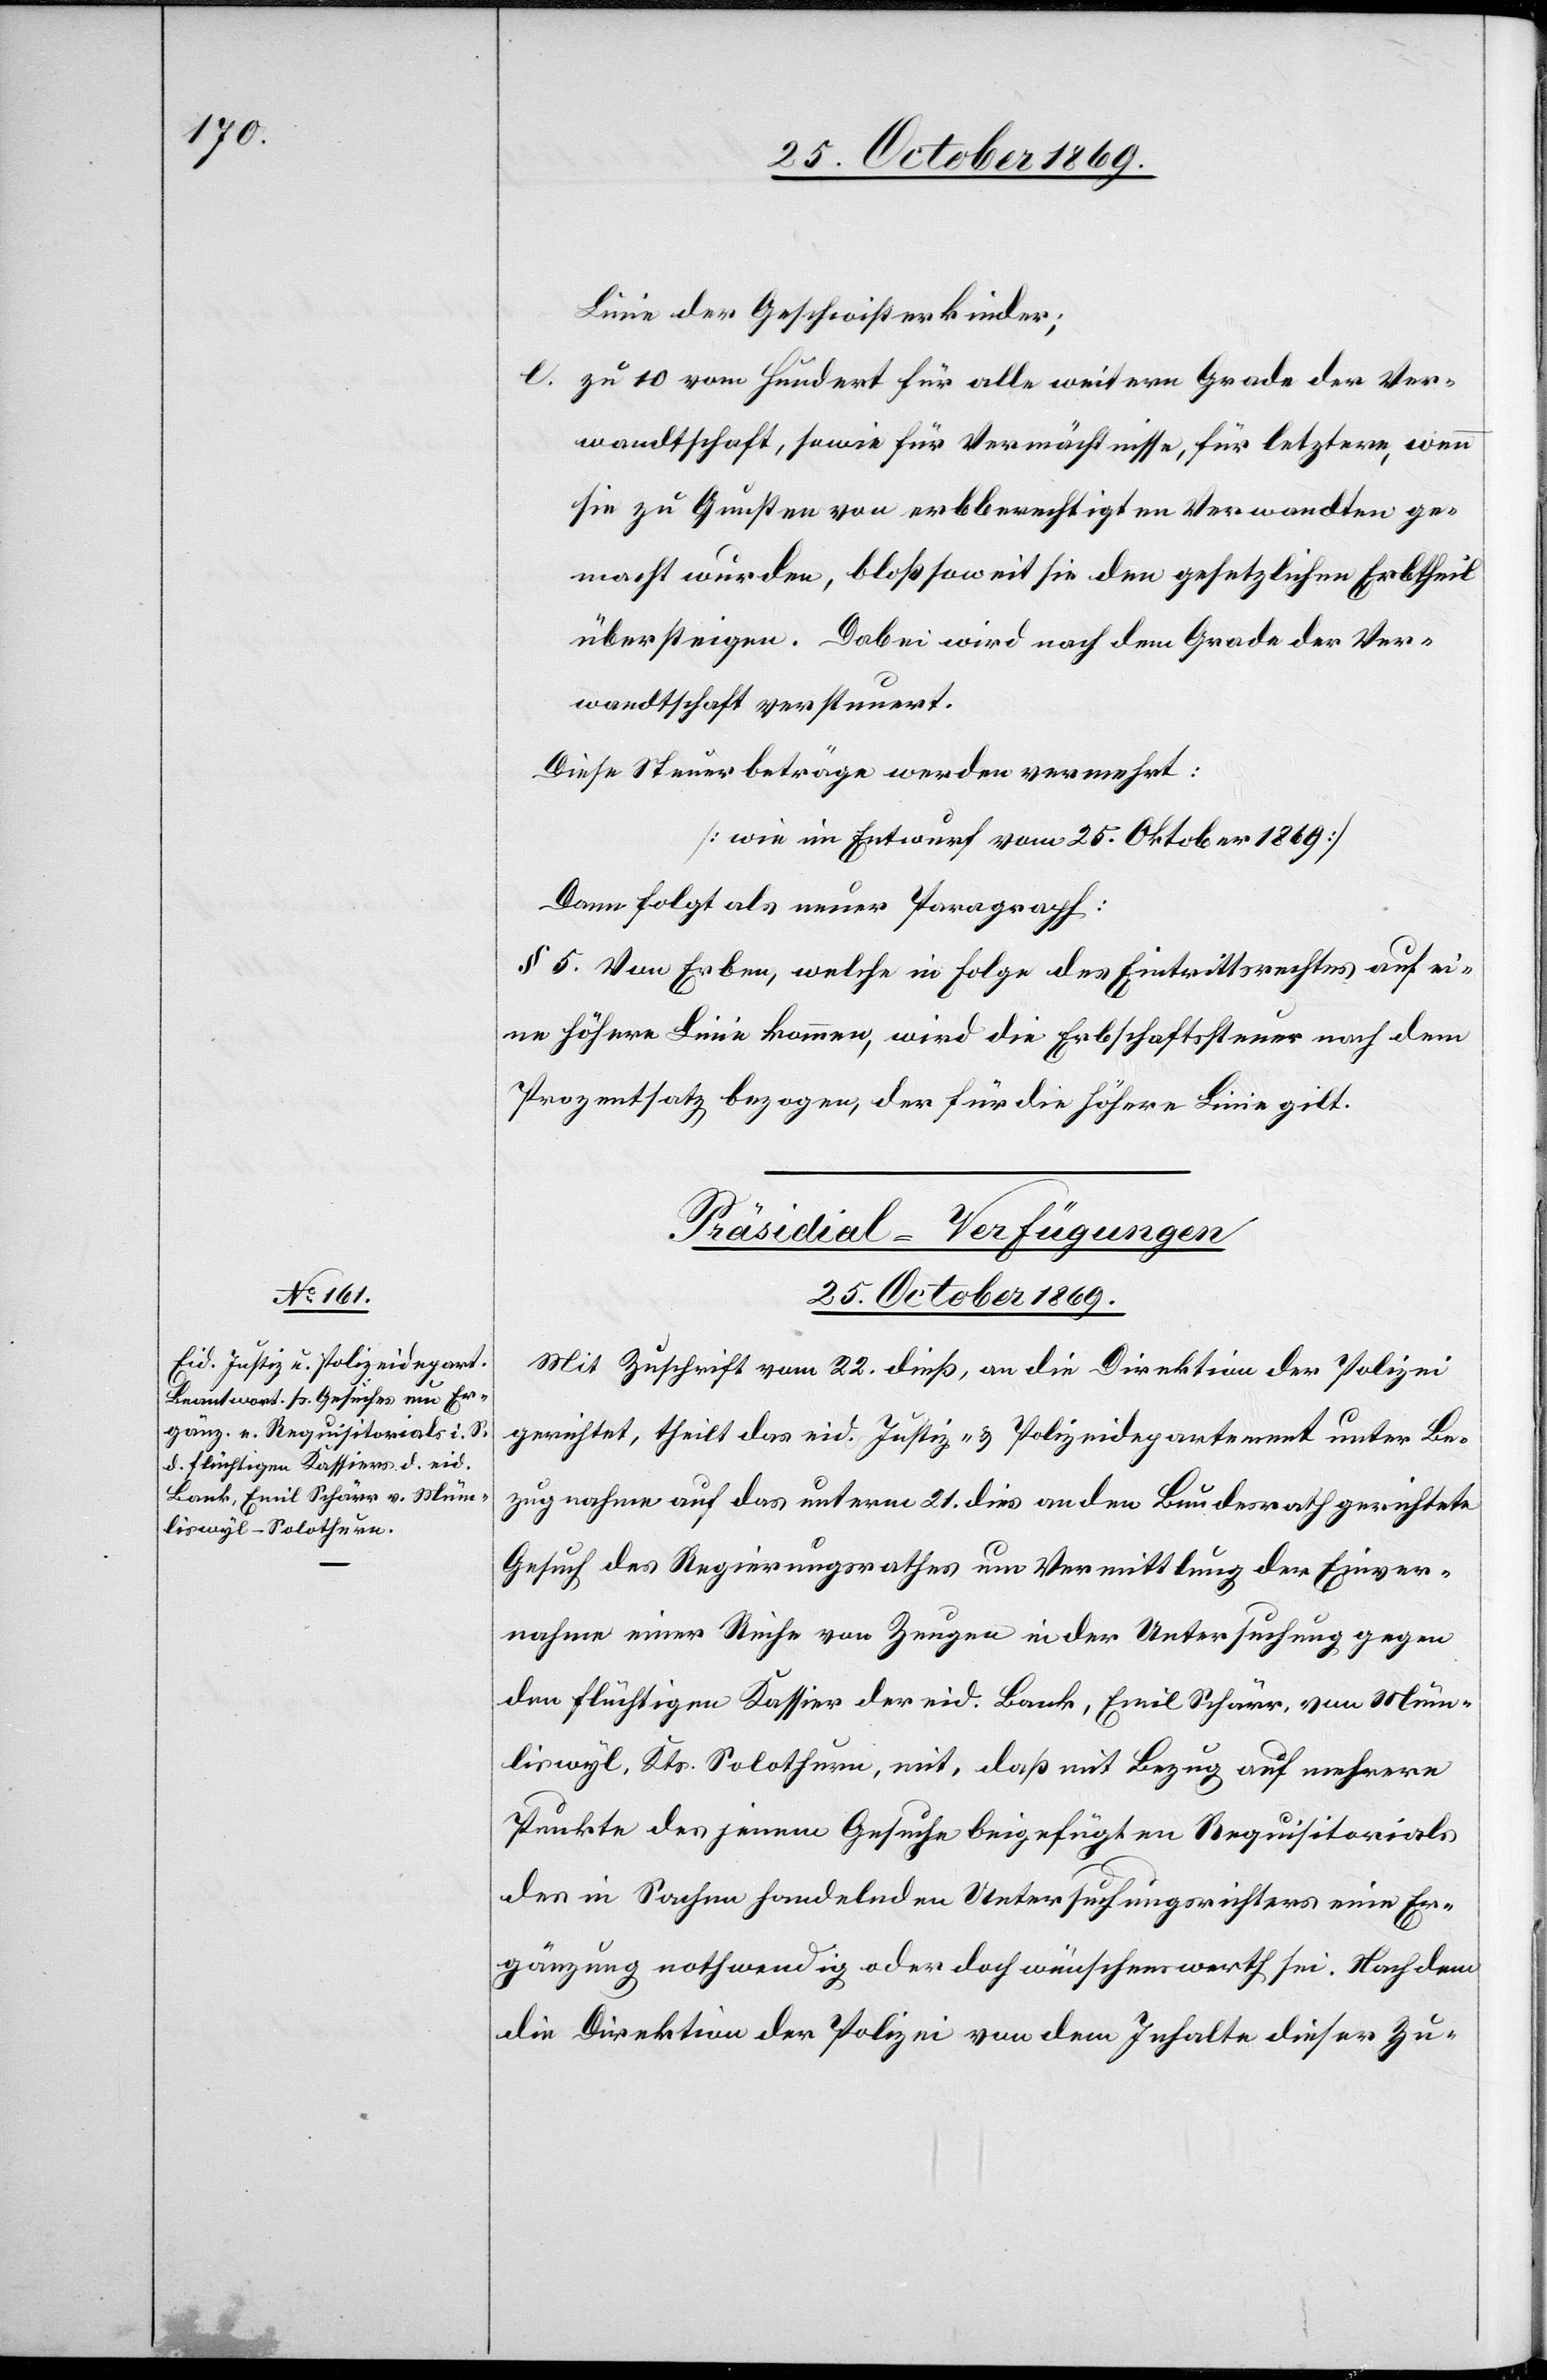
Linie der Geschwisterkinder;
zu 10 vom Hundert für alle weitern Grade der Ver¬
wandtschaft, sowie für Vermächtnisse, für letztere, wenn
sie zu Gunsten von erbberechtigten Verwandten ge¬
macht wurden, bloß soweit sie den gesetzlichen Erbtheil
übersteigen. Dabei wird nach dem Grade der Ver¬
wandtschaft versteuert.
Diese Steuerbeträge werden vermehrt:
[wie im Entwurf vom 25. Oktober 1869]
Dann folgt als neuer Paragraph:
§ 5. Von Erben, welche in Folge des Eintrittsrechtes auf ei¬
ne höhere Linie kommen, wird die Erbschaftssteuer nach dem
Prozentsatz bezogen, der für die höhere Linie gilt.
Präsidial-Verfügungen
25. October 1869.
Mit Zuschrift vom 22. dieß, an die Direktion der Polizei
gerichtet, theilt das eid. Justiz- & Polizeidepartement unter Be¬
zugnahme auf das unterm 21. dies an den Bundesrath gerichtete
Gesuch des Regierungsrathes um Vermittlung der Einver¬
nahme einer Reihe von Zeugen in der Untersuchung gegen
den flüchtigen Kassier der eid. Bank, Emil Schärr, von Müm¬
liswyl, Kts. Solothurn, mit, daß mit Bezug auf mehrere
Punkte des jenem Gesuche beigefügten Requisitorials
des in Sachen handelnden Untersuchungsrichters eine Er¬
gänzung nothwendig oder doch wünschenswerth sei. Nachdem
die Direktion der Polizei von dem Inhalte dieser Zu-